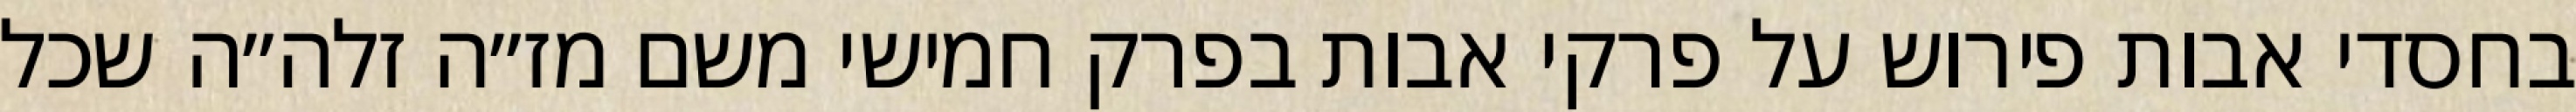
בחסדי אבות פירוש על פרקי אבות בפרק חמישי משם מז״ה זלה״ה שכל